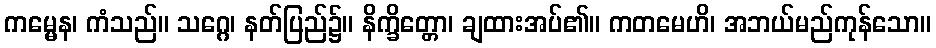
ကမ္မေန၊ ကံသည်။ သဂ္ဂေ၊ နတ်ပြည်၌။ နိက္ခိတ္တော၊ ချထားအပ်၏။ ကတမေဟိ၊ အဘယ်မည်ကုန်သော။